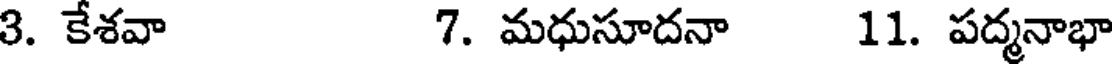
3. కేశవా 7. మధుసూదనా 11. పద్మనాభా